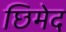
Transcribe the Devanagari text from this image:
छिमेद